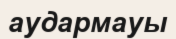
аудармауы